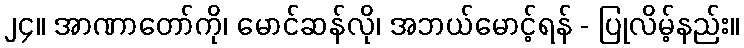
၂၄။ အာဏာတော်ကို၊ မောင်ဆန်လို၊ အဘယ်မောင့်ရန် - ပြုလိမ့်နည်း။